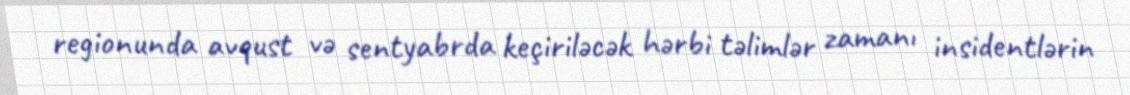
regionunda avqust və sentyabrda keçiriləcək hərbi təlimlər zamanı insidentlərin